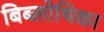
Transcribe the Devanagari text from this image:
बिब्लोथिका